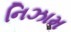
નિઝામ